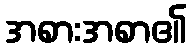
အစားအစာ၏